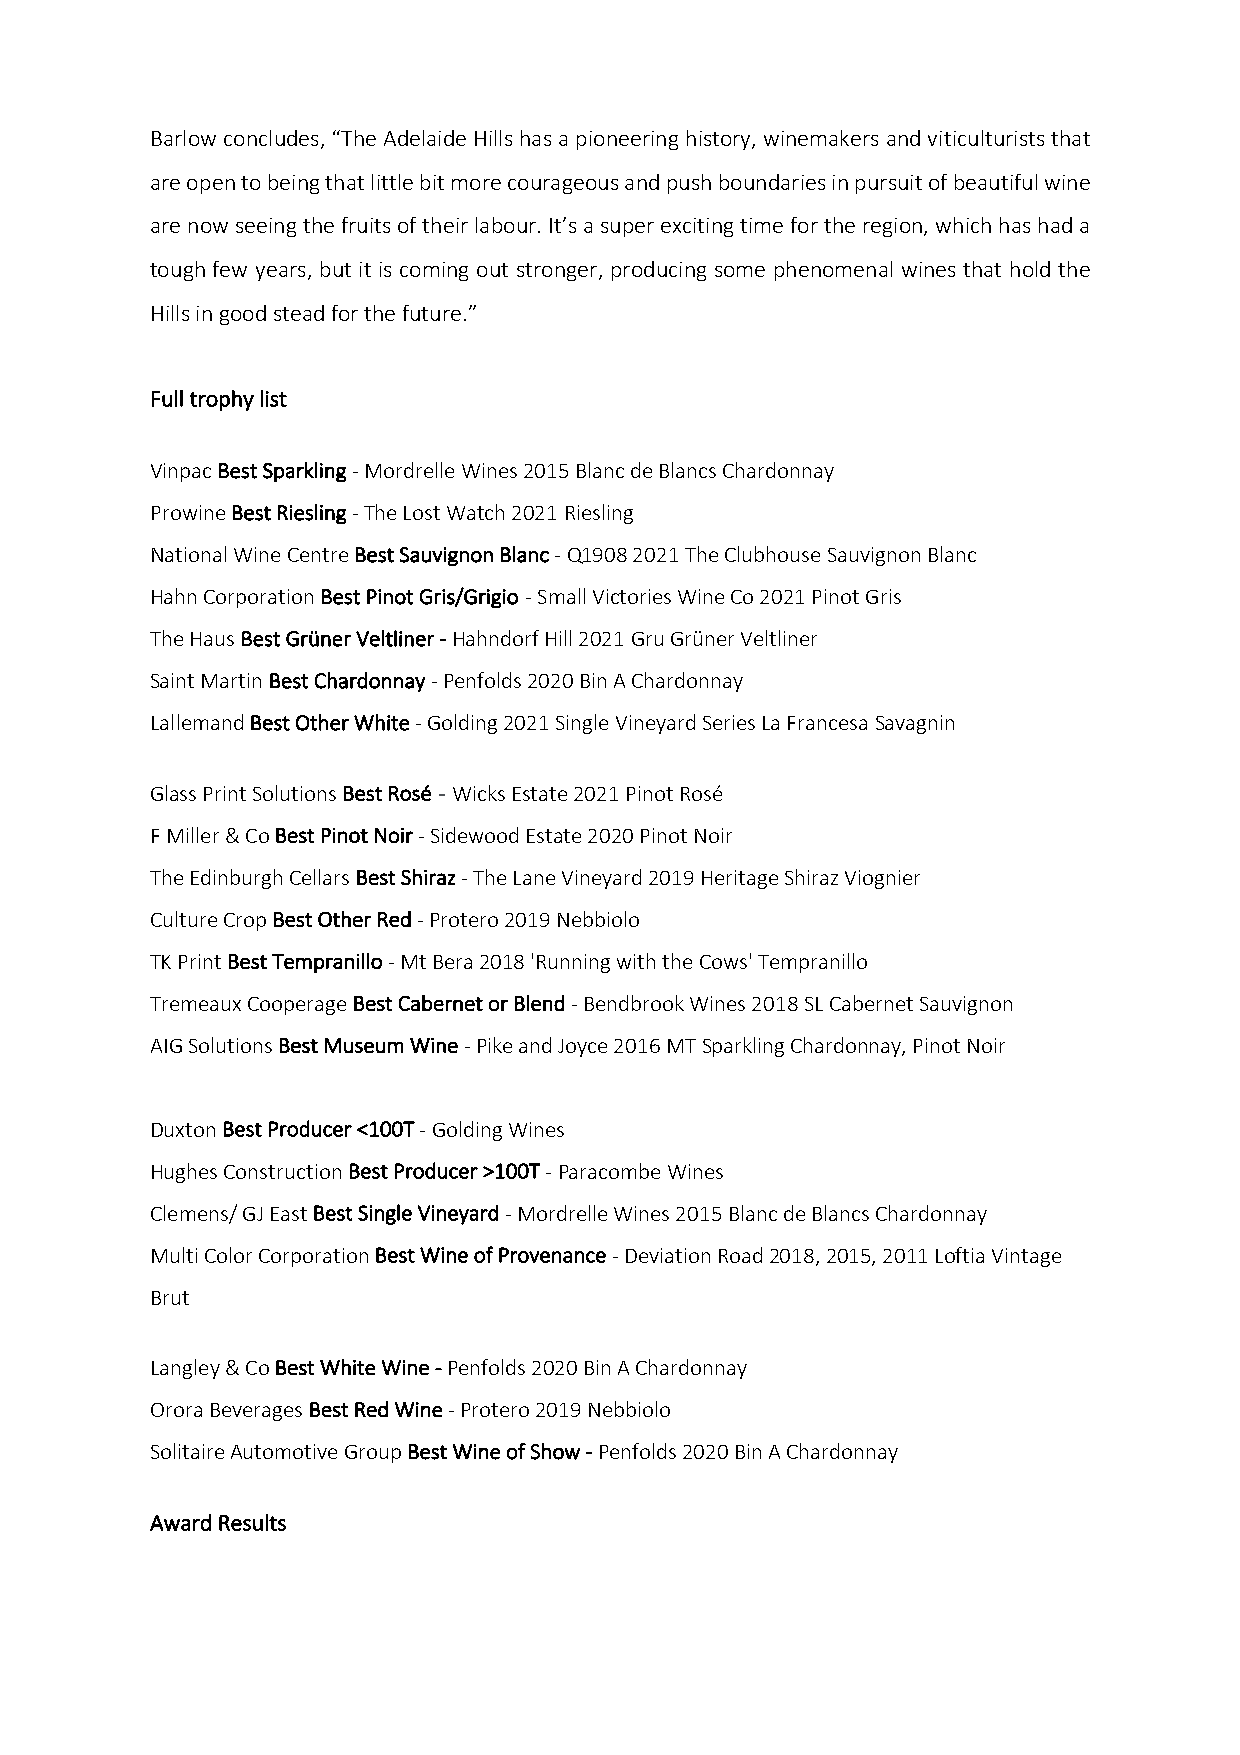
Barlow concludes, “The Adelaide Hills has a pioneering history, winemakers and viticulturists that
 are open to being that little bit more courageous and push boundaries in pursuit of beautiful wine
 are now seeing the fruits of their labour. It’s a super exciting time for the region, which has had a
 tough few years, but it is coming out stronger, producing some phenomenal wines that hold the
 Hills in good stead for the future.”
 Full trophy list
 Vinpac Best Sparkling - Mordrelle Wines 2015 Blanc de Blancs Chardonnay
 Prowine Best Riesling - The Lost Watch 2021 Riesling
 National Wine Centre Best Sauvignon Blanc - Q1908 2021 The Clubhouse Sauvignon Blanc
 Hahn Corporation Best Pinot Gris/Grigio - Small Victories Wine Co 2021 Pinot Gris
 The Haus Best Grüner Veltliner - Hahndorf Hill 2021 Gru Grüner Veltliner
 Saint Martin Best Chardonnay - Penfolds 2020 Bin A Chardonnay
 Lallemand Best Other White - Golding 2021 Single Vineyard Series La Francesa Savagnin
 Glass Print Solutions Best Rosé - Wicks Estate 2021 Pinot Rosé
 F Miller & Co Best Pinot Noir - Sidewood Estate 2020 Pinot Noir
 The Edinburgh Cellars Best Shiraz - The Lane Vineyard 2019 Heritage Shiraz Viognier
 Culture Crop Best Other Red - Protero 2019 Nebbiolo
 TK Print Best Tempranillo - Mt Bera 2018 'Running with the Cows' Tempranillo
 Tremeaux Cooperage Best Cabernet or Blend - Bendbrook Wines 2018 SL Cabernet Sauvignon
 AIG Solutions Best Museum Wine - Pike and Joyce 2016 MT Sparkling Chardonnay, Pinot Noir
 Duxton Best Producer <100T - Golding Wines
 Hughes Construction Best Producer >100T - Paracombe Wines
 Clemens/ GJ East Best Single Vineyard - Mordrelle Wines 2015 Blanc de Blancs Chardonnay
 Multi Color Corporation Best Wine of Provenance - Deviation Road 2018, 2015, 2011 Loftia Vintage
 Brut
 Langley & Co Best White Wine - Penfolds 2020 Bin A Chardonnay
 Orora Beverages Best Red Wine - Protero 2019 Nebbiolo
 Solitaire Automotive Group Best Wine of Show - Penfolds 2020 Bin A Chardonnay
 Award Results